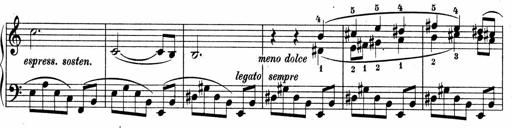
Title: Sonatina No.4
Composer: Abram Kimmell
Key: E minor